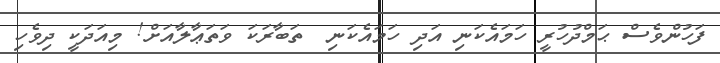
ފަހުންވެސް ޙަމްދުހުރީ ހަމައެކަނި އަދި ހަމައެކަނި  ތަބާރަކަ ވަތަޢާލާއަށް! މިއަދަކީ ދިވެހި